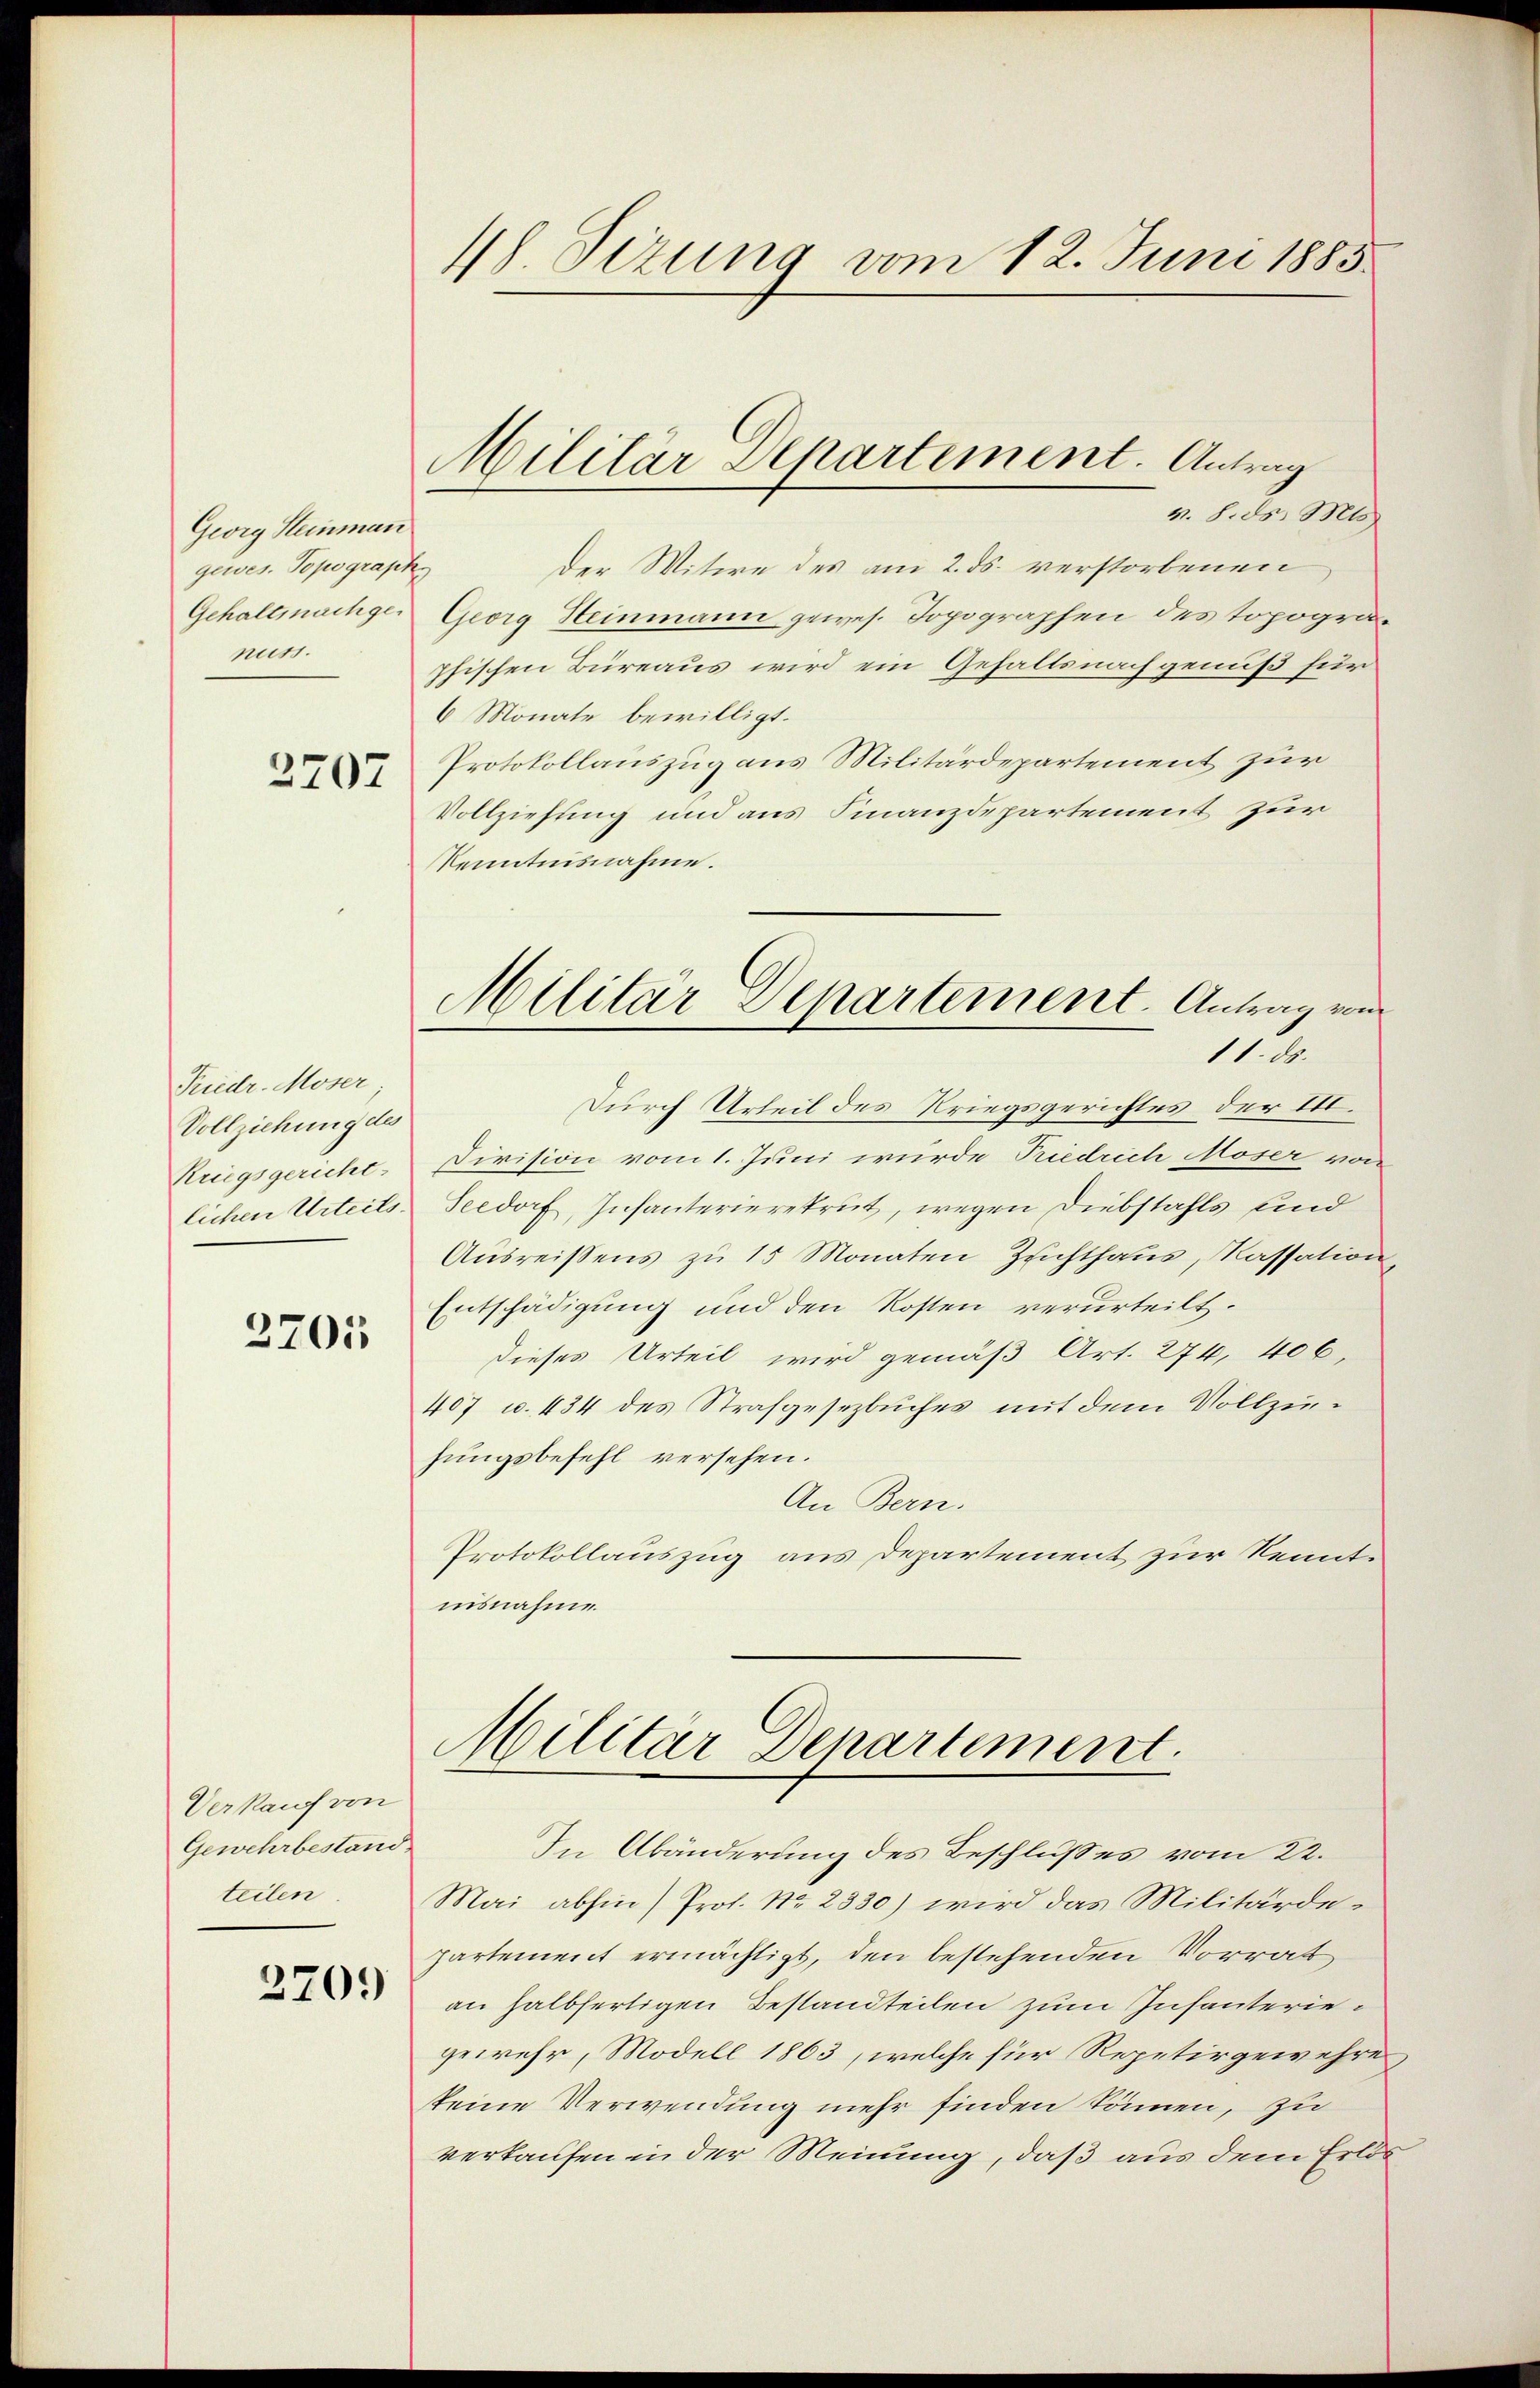
Georg Steinman
gewes. Topographe
Gehaltmachge
nuss.

3707

Friedr. Moser.
Vollziehung des
Reigsgericht.
lichen Urteils.

2701

Verkauf von
Gewehrbestand
teilen.

2709

h. Sizung vom 12. Juni 1885.

v. 8. ds. Mts.
der Witwe des am 2. ds. verstorbenen
Georg Heinmann gewes. Topographen des topogra
phischen Büreaus wird ein Gehaltsnachgenuß für
6 Monate bewilligt.
Protokollauszug aus Militärdepartement zur
Vollziehung und aus Finanzdepartement zur
Kenntnisnahme.
Durch Urteil des Kriegsgerichtes der III.
Division vom 1. Juni wurde Priedrich Moser von
Seedorf, Infanterierekrut, wegen Diebstahls und
Ausreißens zu 15 Monaten Zuchthaus, Kassation,
Entschädigung und den Kosten verurteilt.
dieses Urteil wird gemäß Art. 274, 406,
407 u. 434 des Strafgesezbuches mit dem Vollziehungsbefehl versehen.
An Bern.
Protokollauszug aus Departement zur Kenntnisnahme.

Militär Departement. Antrag

Militar Departement. Antrag von
11. ds.

Militär Denartement.

In Abänderung des Beschlusses vom 22.
Mai abhin) Prot. Nr. 2330) wird das Militärde-
partement ermächtigt, den bestehenden Vorrat
an halbfertigen Bestandteilen zum Infanteriegewehr, Modell 1863, welche für Repetirgewehres
keine Verwendung mehr finden können, zu
verkaufen in der Meinung, daß aus dem Erlös